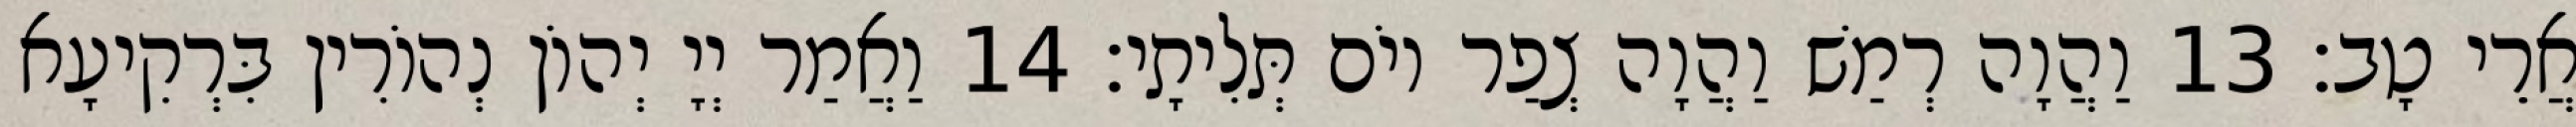
אֲרֵי טָב׃ 13 וַהֲוָה רְמַשׁ וַהֲוָה צְפַר יוֹם תְּלִיתָי׃ 14 וַאֲמַר יְיָ יְהוֹן נְהוֹרִין בִּרְקִיעָא